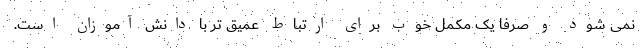
نمی شود و صرفاً یک مکمل خوب برای ارتباط عمیق تر با دانش آموزان است.